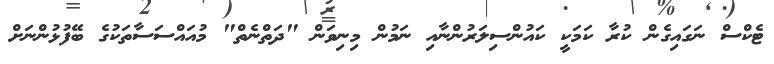
ޓެކްސް ނަގައިގެން ކުރާ ކަމަކީ ކައުންސިލަރުންނާއި ނަމުން މިނިވަން "ދަތްނެތް" މުއައްސަސާތަކުގެ ބޭފުޅުންނަށް